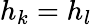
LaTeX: h_{k}=h_{l}